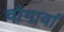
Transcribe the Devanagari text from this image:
चौगावां